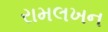
રામલખન